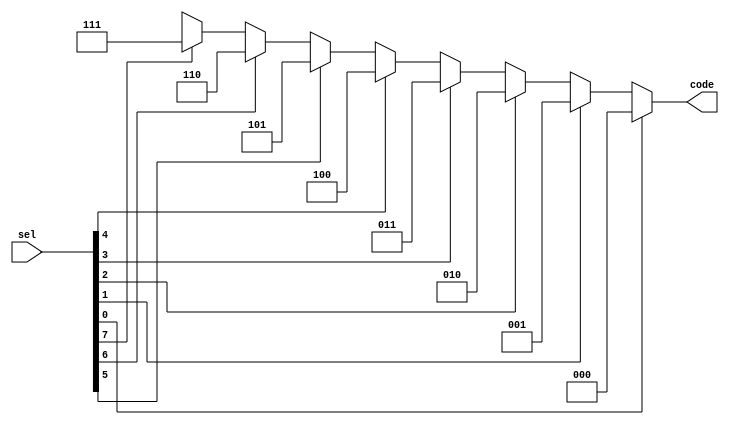
module priority (sel, code);
  input [7:0] sel;
  output [2:0] code;
  reg [2:0] code;

  always @(sel)
  begin
        if (sel[0]) code <= 3'b000;
   else if (sel[1]) code <= 3'b001;
   else if (sel[2]) code <= 3'b010;
   else if (sel[3]) code <= 3'b011;
   else if (sel[4]) code <= 3'b100;
   else if (sel[5]) code <= 3'b101;
   else if (sel[6]) code <= 3'b110;
   else if (sel[7]) code <= 3'b111;
   else code <= 3'bxxx;
  end
endmodule